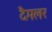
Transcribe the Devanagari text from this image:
दैमलर